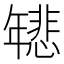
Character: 𫷞